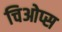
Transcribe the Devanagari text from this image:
चिओप्स